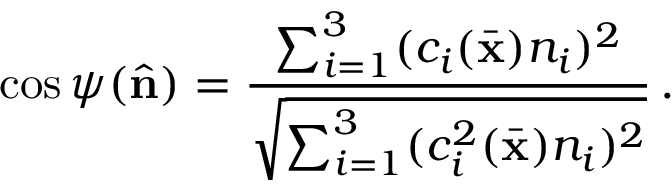
\cos \psi ( \hat { \bf n } ) = \frac { \sum _ { i = 1 } ^ { 3 } ( c _ { i } ( \bar { \bf x } ) n _ { i } ) ^ { 2 } } { \sqrt { \sum _ { i = 1 } ^ { 3 } ( c _ { i } ^ { 2 } ( \bar { \bf x } ) n _ { i } ) ^ { 2 } } } \, .